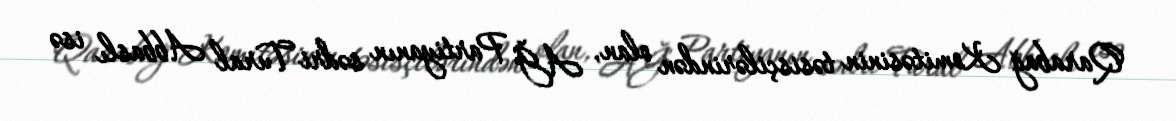
Qarabağ Komitəsinin təsisçilərindən olan, AĞ Partiyanın sədri Tural Abbaslı isə